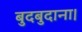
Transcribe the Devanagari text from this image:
बुदबुदाना।